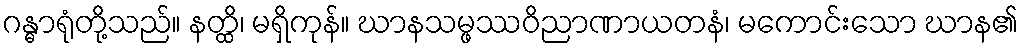
ဂန္ဓာရုံတို့သည်။ နတ္ထိ၊ မရှိကုန်။ ဃာနသမ္ဖဿဝိညာဏာယတနံ၊ မကောင်းသော ဃာန၏